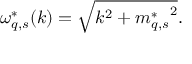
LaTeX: \omega _ { q , s } ^ { * } ( k ) = \sqrt { k ^ { 2 } + { m _ { q , s } ^ { * } } ^ { 2 } } .